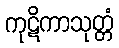
ကုဋိကာသုတ္တံ